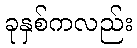
ခုနှစ်ကလည်း